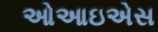
ઓઆઇએસ